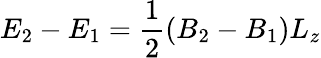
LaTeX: E_{2}-E_{1}=\frac{1}{2}(B_{2}-B_{1})L_{z}